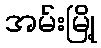
အမ်းမြို့